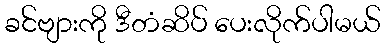
ခင်ဗျားကို ဒီတံဆိပ် ပေးလိုက်ပါမယ်